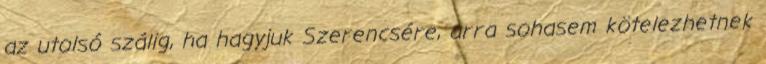
az utolsó szálig, ha hagyjuk Szerencsére, arra sohasem kötelezhetnek